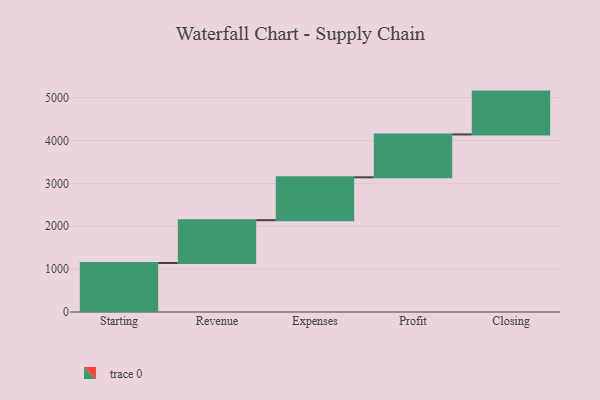
{"axis": {"x": "Step", "y": "Value"}, "legend": [""], "data": [{"x": "Starting", "y": 1143.0, "type": ""}, {"x": "Revenue", "y": 1000, "type": ""}, {"x": "Expenses", "y": 1000, "type": ""}, {"x": "Profit", "y": 1000, "type": ""}, {"x": "Closing", "y": 1000, "type": ""}]}